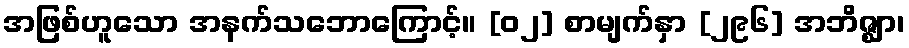
အဖြစ်ဟူသော အနက်သဘောကြောင့်။ [၀၂] စာမျက်နှာ [၂၉၆] အဘိဇ္ဈာ၊